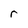
Character: r